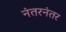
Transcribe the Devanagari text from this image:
नंतरनंतर